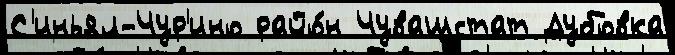
С'иньял-Чур'ино райо́н Чувашстат Дубовка